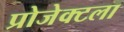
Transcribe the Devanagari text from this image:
प्रोजेक्टला